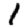
Digit: 1